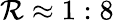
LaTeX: \mathcal{R}\approx1:8